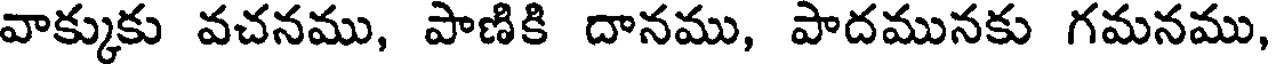
వాక్కుకు వచనము, పాణికి దానము, పాదమునకు గమనము,